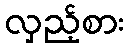
လှည့်စား